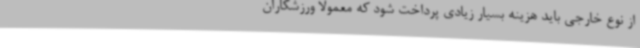
از نوع خارجی باید هزینه بسیار زیادی پرداخت شود که معمولا ورزشکاران